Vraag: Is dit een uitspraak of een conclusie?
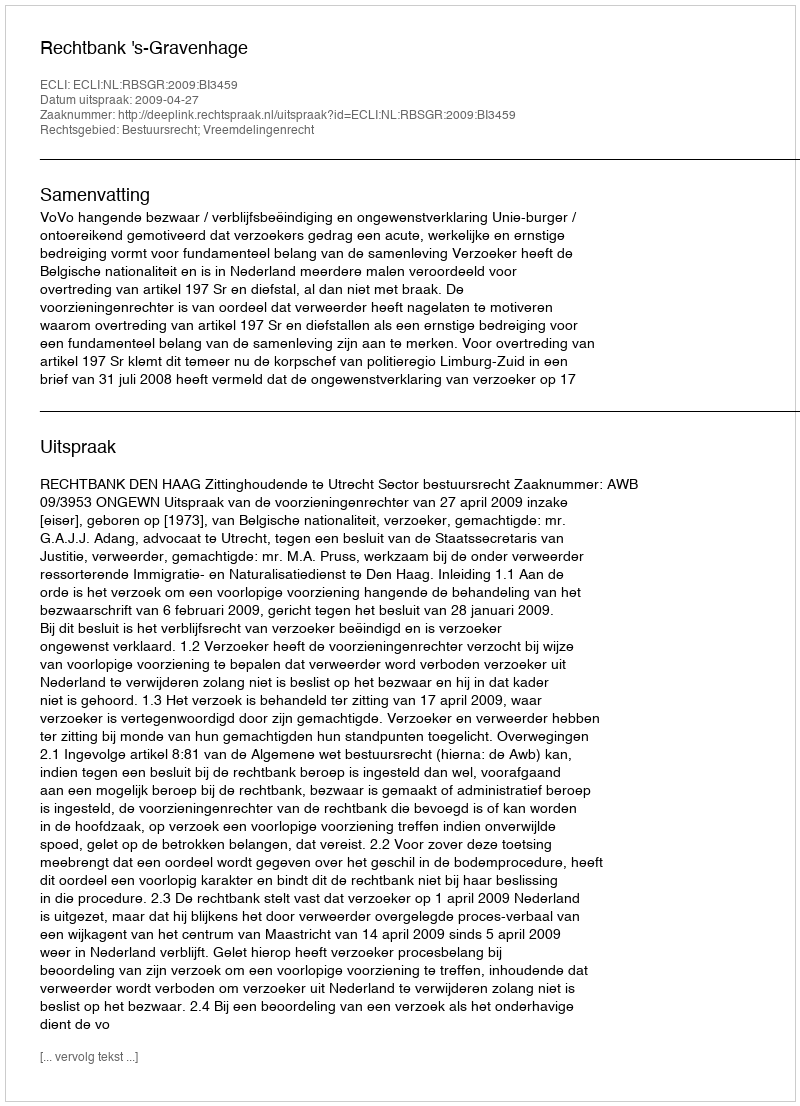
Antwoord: Uitspraak